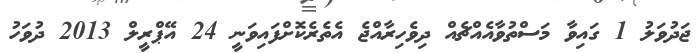
ޖަދުވަލު 1 ގައިވާ މަސްތުވާއެއްޗެއް ދިވެހިރާއްޖެ އެތެރެކޮށްފައިވަނީ 24 އޭޕްރީލް 2013 ދުވަހު